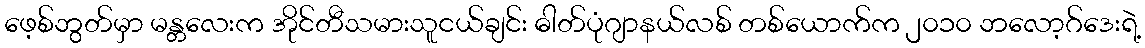
ဖေ့စ်ဘွတ်မှာ မန္တလေးက အိုင်တီသမားသူငယ်ချင်း ဓါတ်ပုံဂျာနယ်လစ် တစ်ယောက်က ၂၀၁၀ ဘလော့ဂ်ဒေးရဲ့